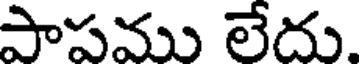
పాపము లేదు.